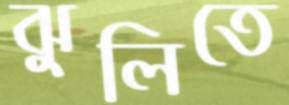
ঝুলিতে